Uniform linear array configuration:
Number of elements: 48
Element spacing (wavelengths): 0.5
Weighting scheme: binomial
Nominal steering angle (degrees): -15
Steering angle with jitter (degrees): -15.32
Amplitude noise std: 0.05
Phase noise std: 0.05

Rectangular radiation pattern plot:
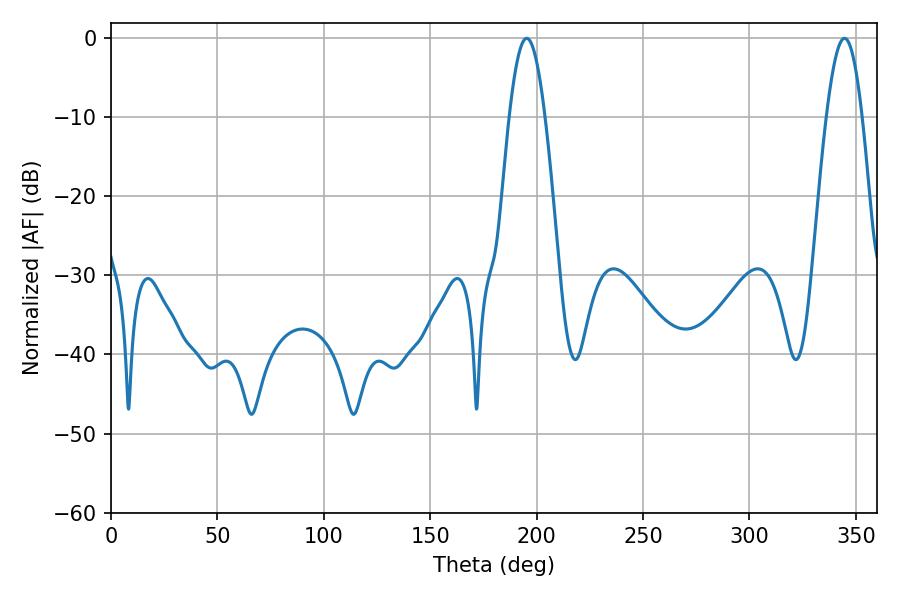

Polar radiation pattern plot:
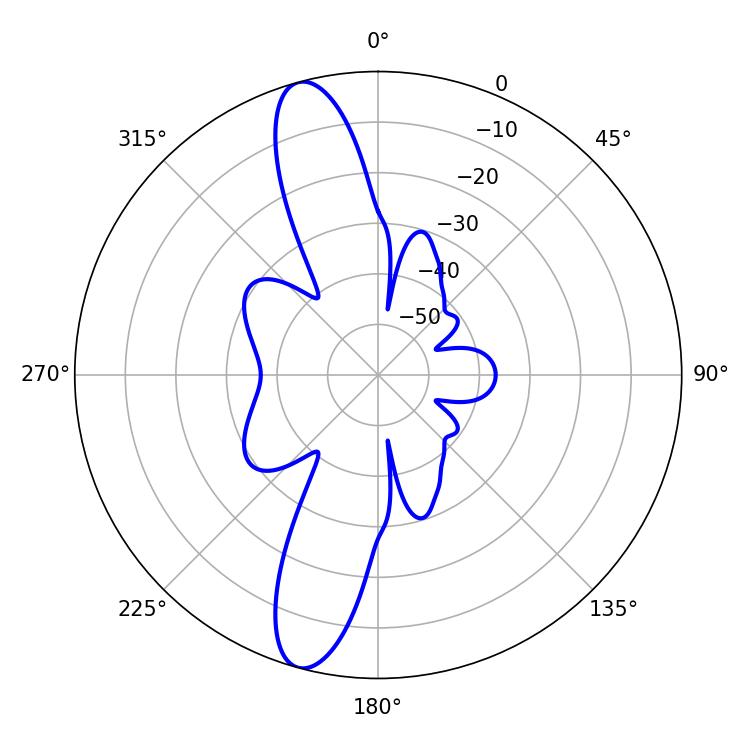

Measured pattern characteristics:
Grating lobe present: FALSE
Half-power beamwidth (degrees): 9.18
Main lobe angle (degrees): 195.3